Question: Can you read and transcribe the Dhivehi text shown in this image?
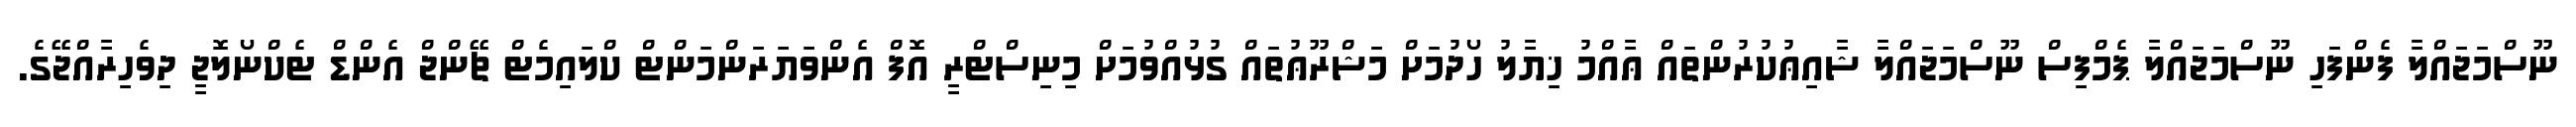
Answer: ނޫސްމަޖައްލާ ފެންފަހި ނޫސްމަޖައްލާ ޕެމްފިސް ނޫސްމަޖައްލާ ޝާއިޢުކުރުންތައް ޢާއްމު ޚިޔާލު ހޯދުމަށް މަޝްރޫޢުތައް ގުޅުއްވުމަށް މިނިސްޓްރީ އޮފް އެންވަޔަރަންމަންޓް ކްލައިމެޓް ޗޭންޖް އެންޑް ޓެކްނޯލޮޖީ ދިވެހިރާއްޖޭގެ.